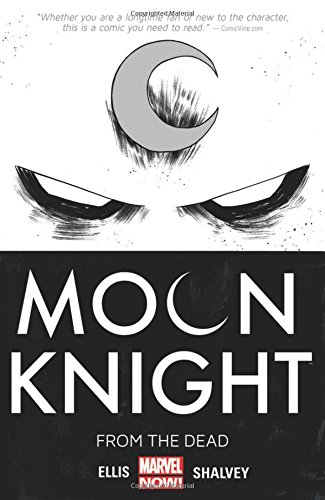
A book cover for Moon Knight Volume 1: From the Dead; Warren Ellis; Comics & Graphic Novels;